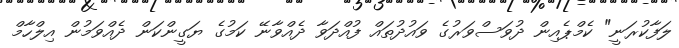
ލަފާކުރަނީ" ކެމްޕެއިން ދުވަސްވަރުގެ ވައުދުތައް ފުއްދަވާ ދެއްވާނޭ ކަމުގެ ޔަގީންކަން ދެއްވަމުން އިލްހާމް